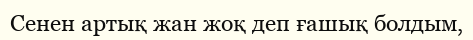
Сенен артық жан жоқ деп ғашық болдым,